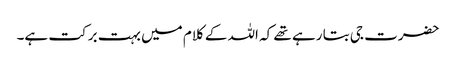
حضرت جی بتا رہے تھے کہ اللہ کے کلام میں بہت برکت ہے۔